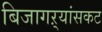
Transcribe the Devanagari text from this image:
बिजागऱ्यांसकट